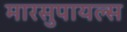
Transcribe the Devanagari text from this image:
मारसुपायल्स